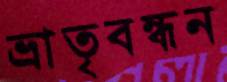
ভ্রাতৃবন্ধন